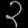
Digit: ၃